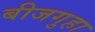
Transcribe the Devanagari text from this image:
बीजगुहा